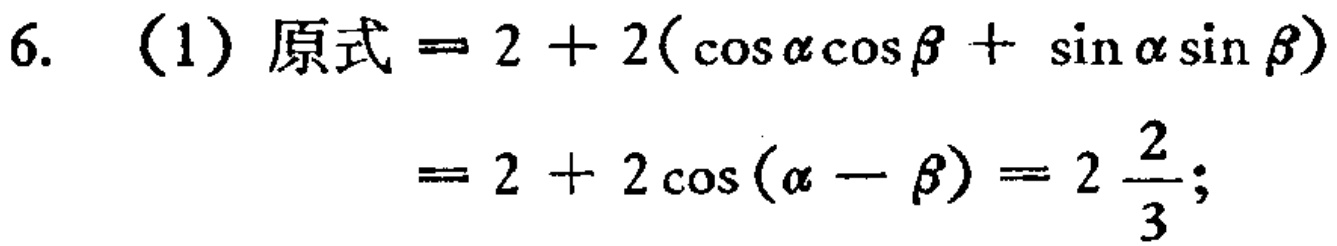
6. （1）原式$= 2 + 2(\cos\alpha\cos\beta + \sin\alpha\sin\beta)$

$= 2 + 2\cos(\alpha - \beta)=2\frac{2}{3};$